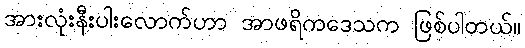
အားလုံးနီးပါးလောက်ဟာ အာဖရိကဒေသက ဖြစ်ပါတယ်။